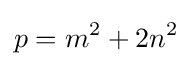
p=m^{2}+2n^{2}